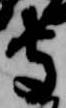
守